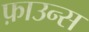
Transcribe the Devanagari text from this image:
फ़ाउन्स